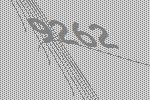
9262